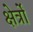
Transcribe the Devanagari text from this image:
क्षेर्त्रों